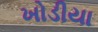
ખોડીયા